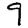
Digit: 9